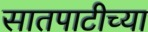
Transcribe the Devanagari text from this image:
सातपाटीच्या